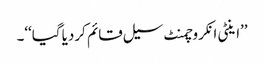
’’اینٹی انکروچمنٹ سیل قائم کردیا گیا‘‘۔